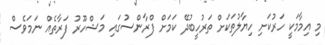
މި އިމާމަކީ ހަރުކަށި ހިޔާލުތަކަށް ތަރުހީބުދޭ ކަމަށް ފްރާންސުގައި މަޝްހޫރު ފަރާތެއް ނަމަވެސް